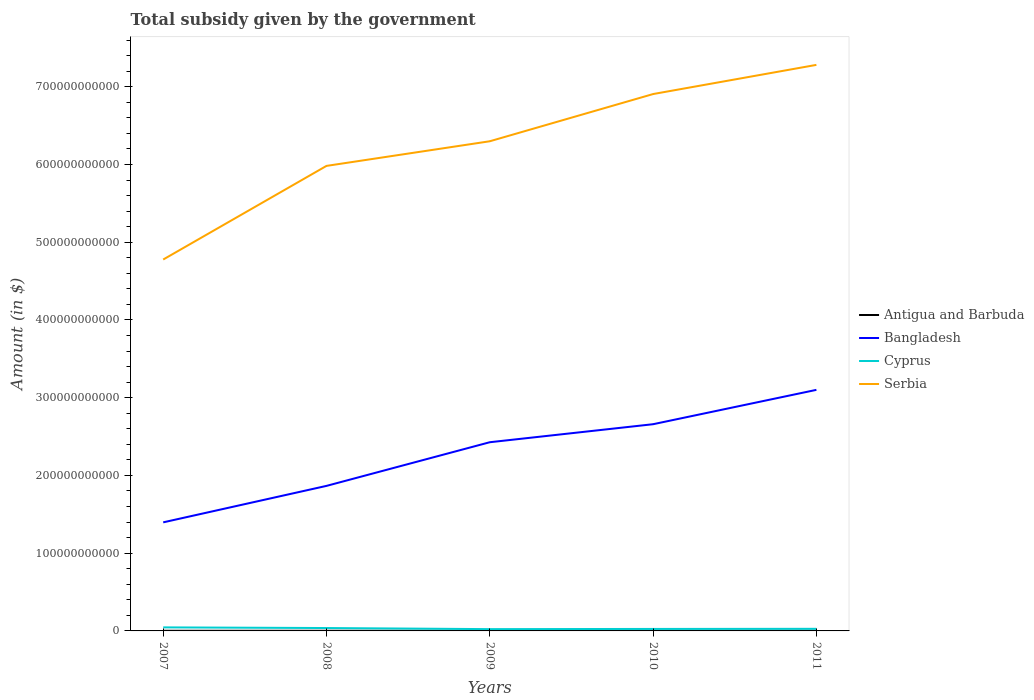
| Years | Antigua and Barbuda | Bangladesh | Cyprus | Serbia |
 | --- | --- | --- | --- | --- |
 | 2007 | 1.88e+08 | 1.4e+11 | 4.57e+09 | 4.78e+11 |
 | 2008 | 1.78e+08 | 1.87e+11 | 3.71e+09 | 5.98e+11 |
 | 2009 | 2.24e+08 | 2.43e+11 | 2.31e+09 | 6.3e+11 |
 | 2010 | 2.06e+08 | 2.66e+11 | 2.56e+09 | 6.91e+11 |
 | 2011 | 2.48e+08 | 3.1e+11 | 2.71e+09 | 7.28e+11 |